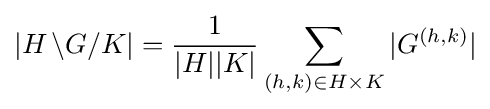
|H\,\backslash G/K|={\frac {1}{|H||K|}}\sum _{(h,k)\in H\times K}|G^{(h,k)}|